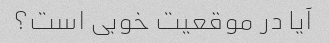
آیا در موقعیت خوبی است؟